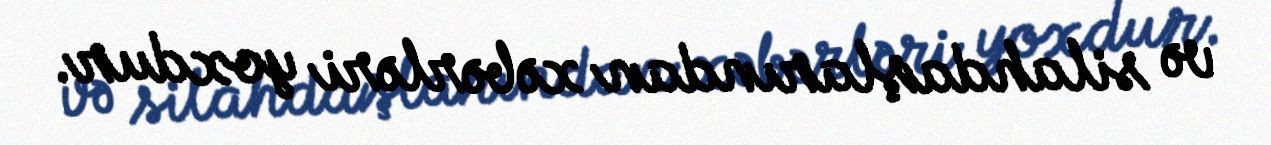
və silahdaşlarından xəbərləri yoxdur.